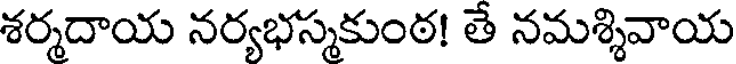
శర్మదాయ నర్యభస్మకుంఠ! తే నమశ్శివాయ